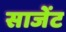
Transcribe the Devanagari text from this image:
साजेंट